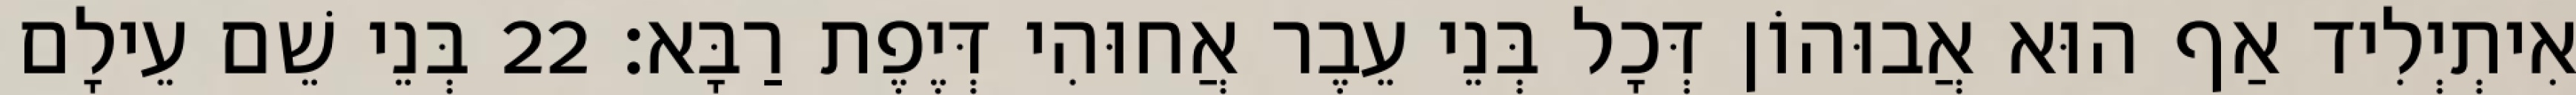
אִיתְיְלִיד אַף הוּא אֲבוּהוֹן דְּכָל בְּנֵי עֵבֶר אֲחוּהִי דְּיֶפֶת רַבָּא׃ 22 בְּנֵי שֵׁם עֵילָם